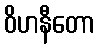
ဝိဟနီတော